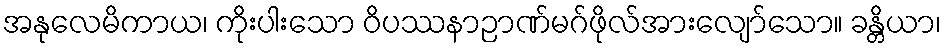
အနုလေမိကာယ၊ ကိုးပါးသော ဝိပဿနာဉာဏ်မဂ်ဖိုလ်အားလျော်သော။ ခန္တိယာ၊